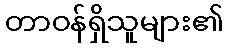
တာဝန်ရှိသူများ၏